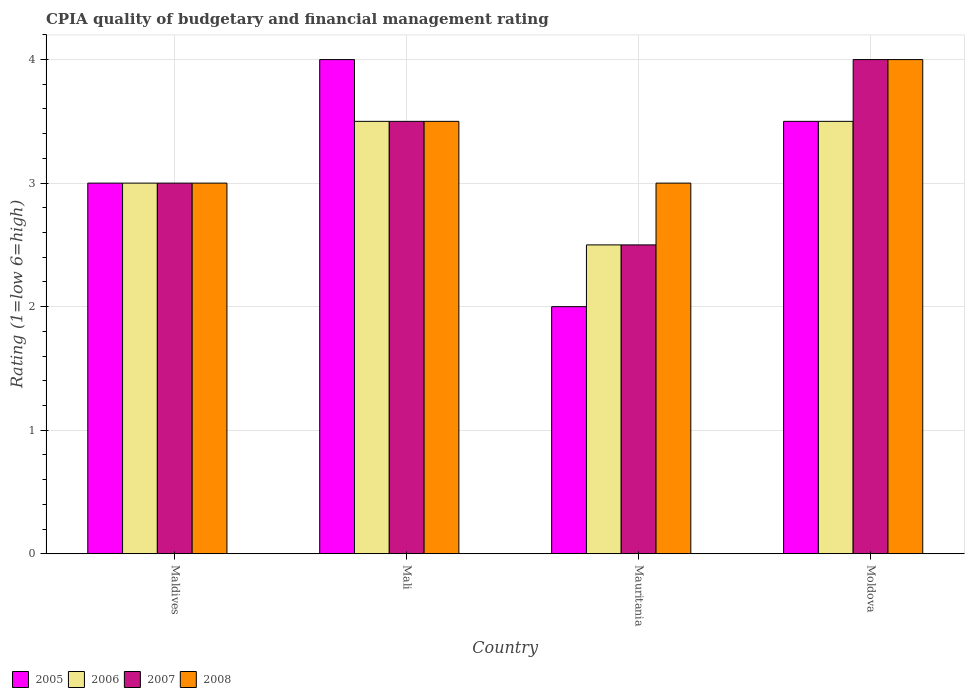
| Country | 2005 | 2006 | 2007 | 2008 |
 | --- | --- | --- | --- | --- |
 | Maldives | 3 | 3 | 3 | 3 |
 | Mali | 4 | 3.5 | 3.5 | 3.5 |
 | Mauritania | 2 | 2.5 | 2.5 | 3 |
 | Moldova | 3.5 | 3.5 | 4 | 4 |